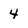
Character: 4